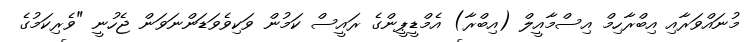
މުނައްވަރާއި އިބްރާހިމް އިސްމާއީލް (އިބްރާ) އެމްޑީޕީންގެ ރައީސް ކަމުން ވަކިވެވަޑަންނަވަން ޖެހުނީ "ވެރިކަމުގެ